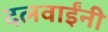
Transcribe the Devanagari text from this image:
दलवाईंनी